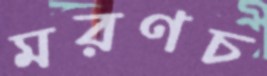
মরণচ